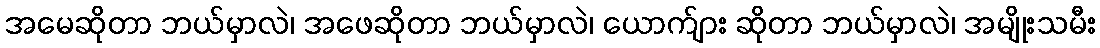
အမေဆိုတာ ဘယ်မှာလဲ၊ အဖေဆိုတာ ဘယ်မှာလဲ၊ ယောက်ျား ဆိုတာ ဘယ်မှာလဲ၊ အမျိုးသမီး